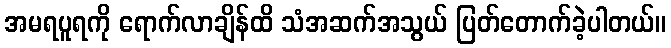
အမရပူရကို ရောက်လာချိန်ထိ သံအဆက်အသွယ် ပြတ်တောက်ခဲ့ပါတယ်။